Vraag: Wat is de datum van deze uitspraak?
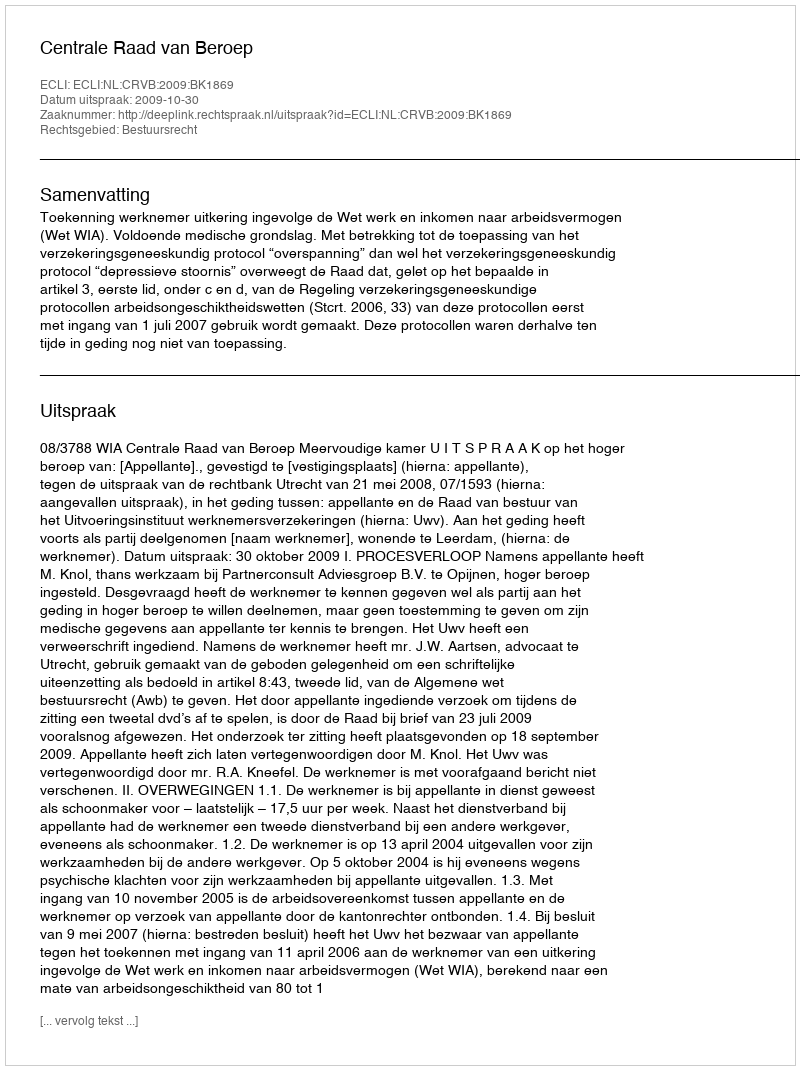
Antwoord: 2009-10-30